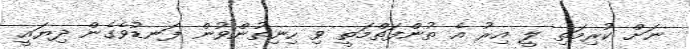
ނަށް ކުރިމަތި ލީ އިރު އެ ތުންފަތްމަތީ ވި ހިނިތުންވުން ފަނޑުވެގެން ދިޔައީ